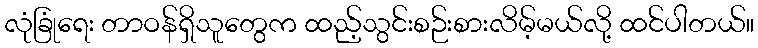
လုံခြုံရေး တာဝန်ရှိသူတွေက ထည့်သွင်းစဉ်းစားလိမ့်မယ်လို့ ထင်ပါတယ်။